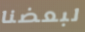
لبعضنا